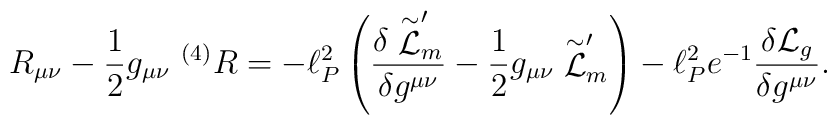
R_{\mu \nu} - {1 \over 2} g_{\mu \nu}~^{(4)}R = - \ell_P^2 \left(\frac{\delta \stackrel{\sim}{\cal L}_m^{\prime}}{\delta g^{\mu \nu}} -{1 \over 2} g_{\mu \nu} \stackrel{\sim}{\cal L}_m^{\prime} \right) - \ell_P^2e^{-1} \frac{\delta {\cal L}_g}{\delta g^{\mu \nu}} .